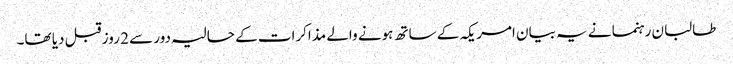
طالبان رہنما نے یہ بیان امریکہ کے ساتھ ہونے والے مذاکرات کے حالیہ دور سے 2 روز قبل دیا تھا۔